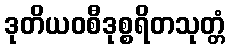
ဒုတိယဝစီဒုစ္စရိတသုတ္တံ